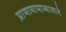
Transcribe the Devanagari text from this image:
प्राणायामाभ्यासाने